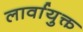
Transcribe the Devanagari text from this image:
लार्वायुक्त